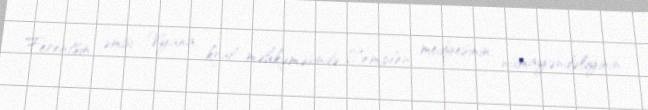
Ferentsin əmisi Vyana kral məhkəməsində Zemplen medyesinin nümayəndəliyinin